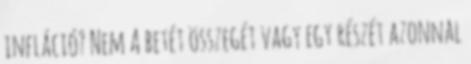
infláció? Nem A betét összegét vagy egy részét azonnal